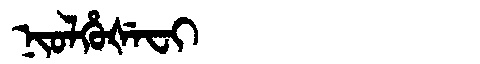
Manchu: ᠨᡳᠣᠯᡥᡠᡧᡝᠸᡳ
Romanization: NIOLHUŠEFI